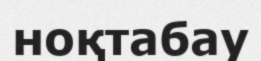
ноқтабау